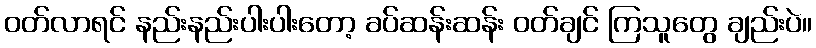
ဝတ်လာရင် နည်းနည်းပါးပါးတော့ ခပ်ဆန်းဆန်း ဝတ်ချင် ကြသူတွေ ချည်းပဲ။